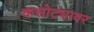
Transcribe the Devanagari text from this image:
कसोट्यावर